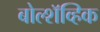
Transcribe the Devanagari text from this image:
बोल्शॅव्हिक